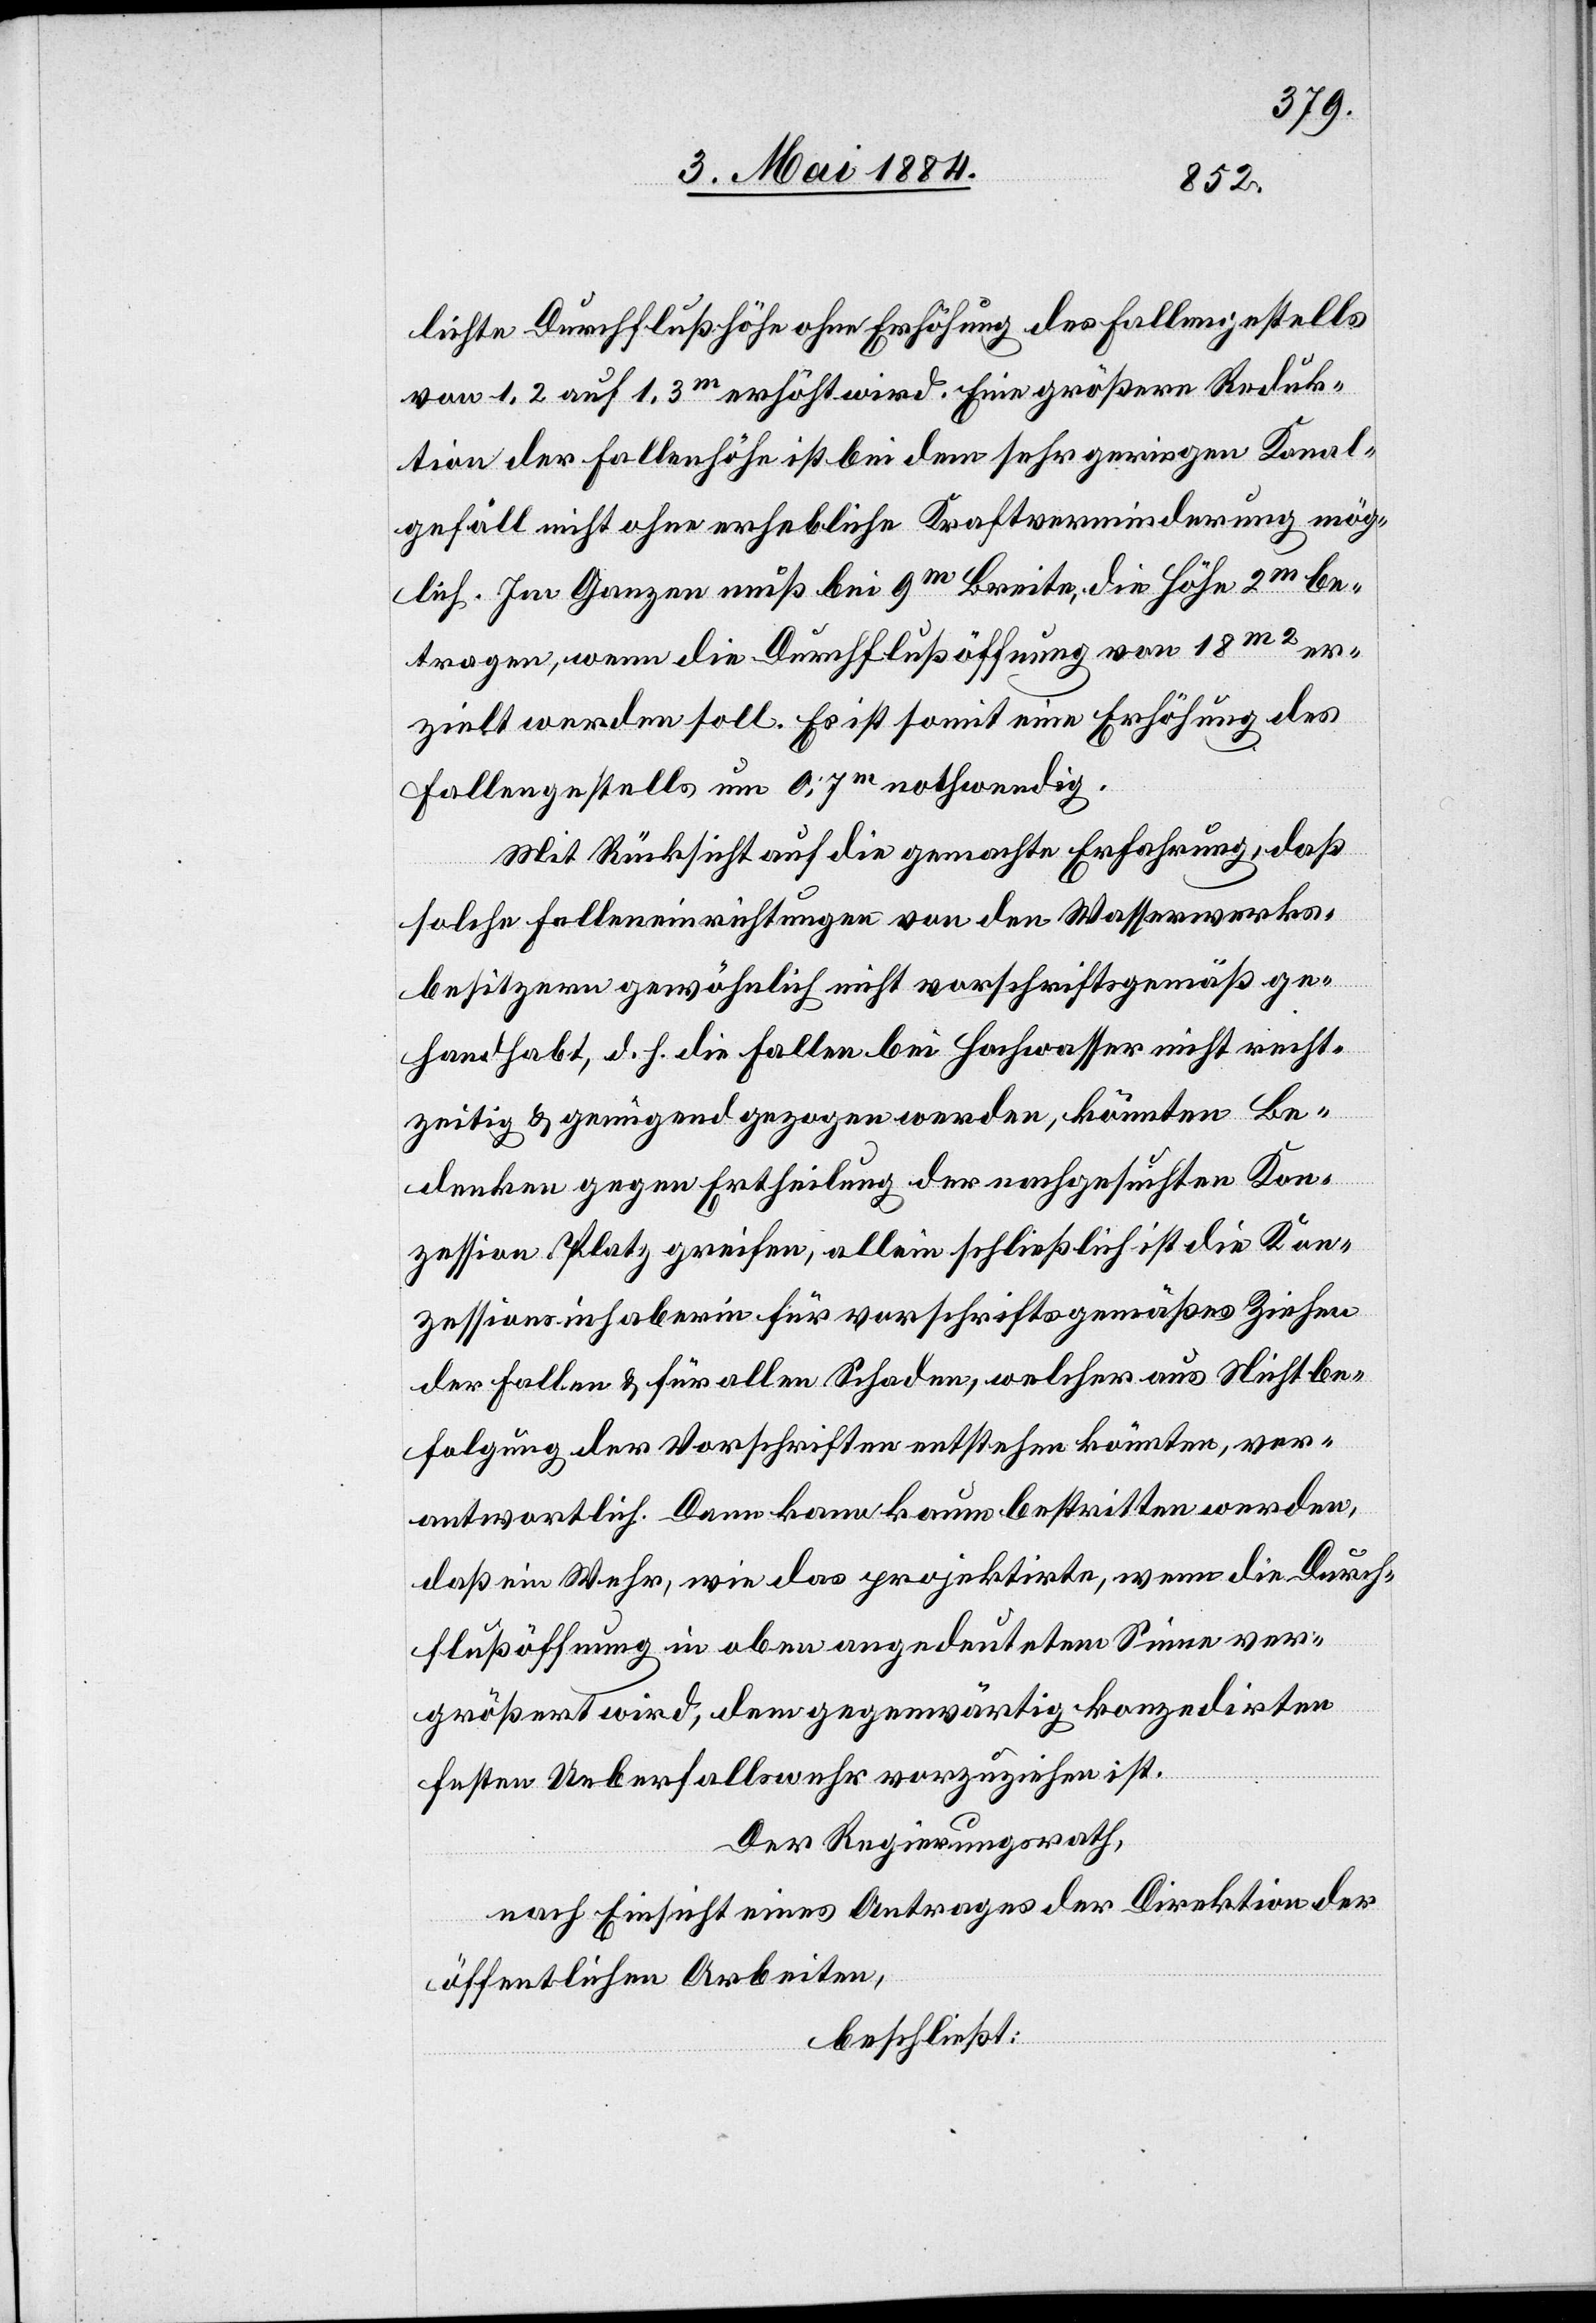
lichte Durchflußhöhe ohne Erhöhung des Fallengestells
von 1,2 auf 1,3m erhöht wird. Eine größere Reduk¬
tion der Fallenhöhe ist bei dem sehr geringen Kanal¬
gefäll nicht ohne erhebliche Kraftverminderung mög¬
lich. Im Ganzen muß bei 9m Breite, die Höhe 2m be¬
tragen, wenn die Durchflußöffnung von 18m2 er¬
zielt werden soll. Es ist somit eine Erhöhung des
Fallengestells um 0,7m nothwendig.
Mit Rücksicht auf die gemachte Erfahrung, daß
solche Falleneinrichtungen von den Wasserverkehrs¬
besitzern gewöhnlich nicht vorschriftsgemäß ge¬
handhabt, d. h. die Fallen bei Hochwasser nicht recht¬
zeitig & genügend gezogen werden, könnten Be¬
denken gegen Ertheilung der nachgesuchten Kon¬
zession Platz greifen, allein schließlich ist die Kon¬
zessionsinhaberin für vorschriftsgemäßes Ziehen
der Fallen & für allen Schaden, welcher aus Nichtbe¬
folgung der Vorschriften entstehen könnten, ver¬
antwortlich. Dann kann kaum bestritten werden,
daß ein Wehr, wie das projektirte, wenn die Durch¬
flußöffnung in oben angedeutetem Sinne ver¬
größert wird, dem gegenwärtig konzedirten
festen Ueberfallswehr vorzuziehen ist.
Der Regierungsrath,
nach Einsicht eines Antrages der Direktion der
öffentlichen Arbeiten,
beschließt: